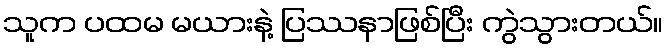
သူက ပထမ မယားနဲ့ ပြဿနာဖြစ်ပြီး ကွဲသွားတယ်။